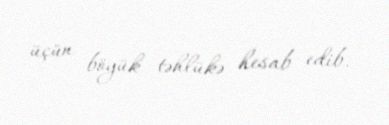
üçün böyük təhlükə hesab edib.